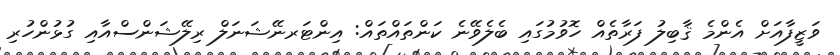
ވަޒީފާއަށް އެންމެ ޤާބިލު ފަރާތެއް ހޮވުމުގައި ބެލެވޭނެ ކަންތައްތައް: އިންޓަރނޭޝަނަލް ރިލޭޝަންސްއާއި ގުޅުންހުރި